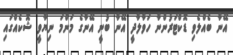
އޭނާ ބެއްލެވި ޑޮކްޓަރުންނާ ހަވާލާދީ އޭނާ ބުނީ އޭނާގެ މަންމަ ނިޔާވީ ޝޮކެއްގައި